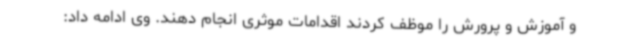
و آموزش و پرورش را موظف کردند اقدامات موثری انجام دهند. وی ادامه داد: